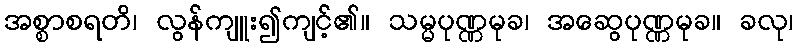
အစ္စာစရတိ၊ လွန်ကျူး၍ကျင့်၏။ သမ္မပုဏ္ဏမုခ၊ အဆွေပုဏ္ဏမုခ။ ခလု၊